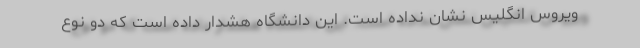
ویروس انگلیس نشان نداده است. این دانشگاه هشدار داده است که دو نوع